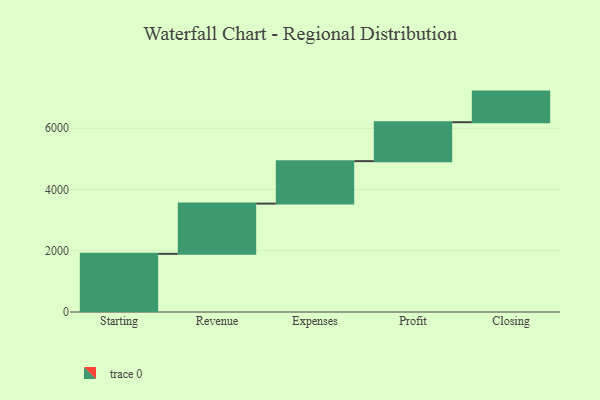
{"axis": {"x": "Step", "y": "Value"}, "legend": [""], "data": [{"x": "Starting", "y": 1900.0, "type": ""}, {"x": "Revenue", "y": 1640.0, "type": ""}, {"x": "Expenses", "y": 1387.0, "type": ""}, {"x": "Profit", "y": 1271.0, "type": ""}, {"x": "Closing", "y": 1000, "type": ""}]}